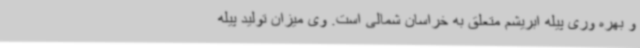
و بهره وری پیله ابریشم متعلق به خراسان شمالی است. وی میزان تولید پیله